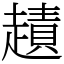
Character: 䟄